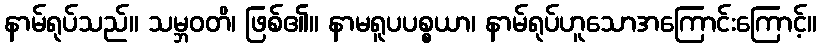
နာမ်ရုပ်သည်။ သမ္ဘဝတိ၊ ဖြစ်၏။ နာမရူပပစ္စယာ၊ နာမ်ရုပ်ဟူသောအကြောင်းကြောင့်။